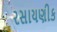
રસાયણીક